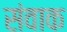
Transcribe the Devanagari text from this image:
संवाक